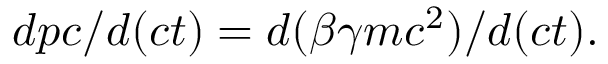
d p c / d ( c t ) = d ( \beta \gamma m c ^ { 2 } ) / d ( c t ) .